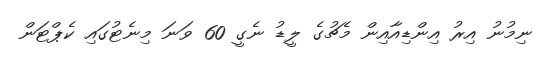
ނިމުނު އިރު އިންޑިއާއިން މެޗުގެ ލީޑު ނެގީ 60 ވަނަ މިނެޓުގައި ކެޕްޓަން